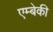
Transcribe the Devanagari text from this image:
एम्बेकी